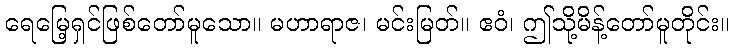
ရေမြေ့ရှင်ဖြစ်တော်မူသော။ မဟာရာဇ၊ မင်းမြတ်။ ဧဝံ၊ ဤသို့မိန့်တော်မူတိုင်း။